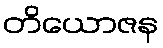
တိယောဇန